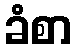
ခံစာ